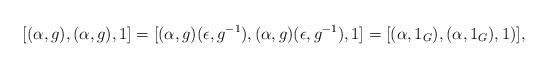
LaTeX: \begin{align*}[(\alpha,g), (\alpha, g), 1] = [(\alpha,g)(\epsilon,g^{-1}), (\alpha, g)(\epsilon, g^{-1}), 1] = [(\alpha, 1_G), (\alpha, 1_G), 1)],\end{align*}